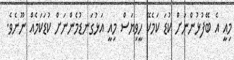
މިއީ އެ ބޭފުޅުންނަށް ކުޑަ ކަމެކޭ ހީވިޔަސް މިއީ އަޅުގަނޑުމެންނަށް ކުޑަކަމެއް ނޫނެވެ.